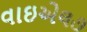
વાઇએલ૭